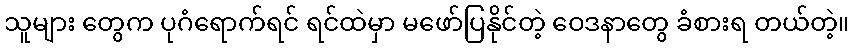
သူများ တွေက ပုဂံရောက်ရင် ရင်ထဲမှာ မဖော်ပြနိုင်တဲ့ ဝေဒနာတွေ ခံစားရ တယ်တဲ့။